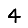
Digit: 4